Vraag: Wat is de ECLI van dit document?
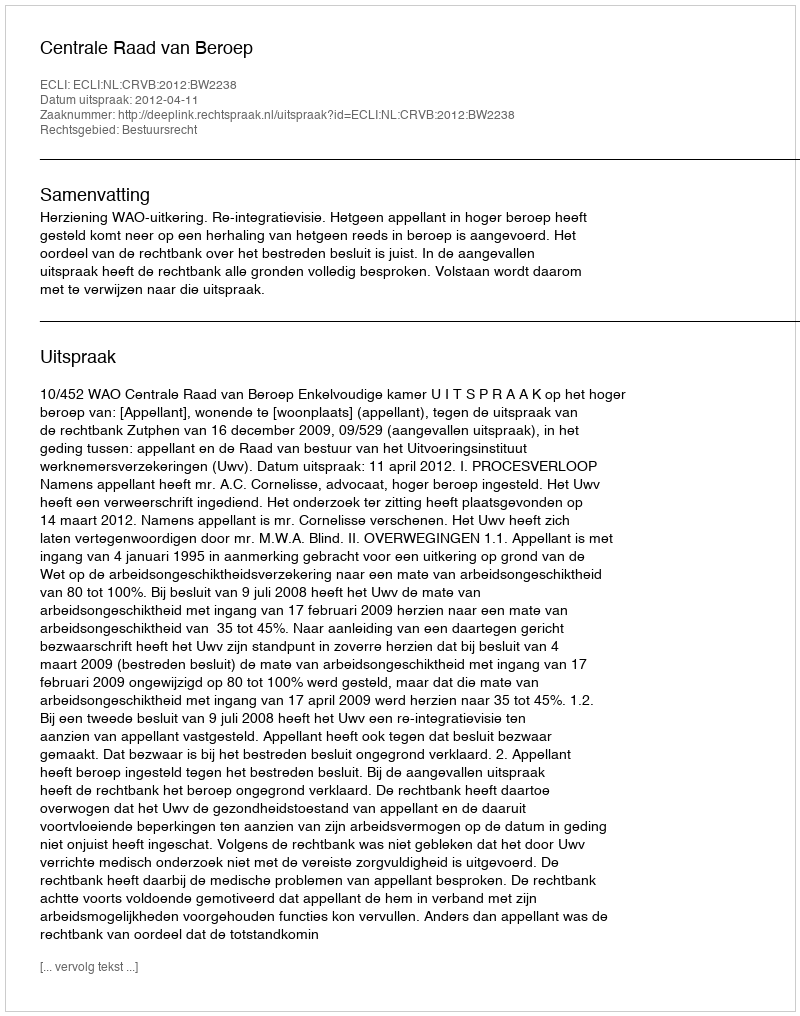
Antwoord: ECLI:NL:CRVB:2012:BW2238